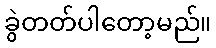
ခွဲတတ်ပါတော့မည်။